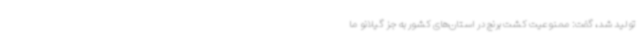
تولید شد، گفت: ممنوعیت کشت برنج در استان‌های کشور به جز گیلانو ما